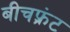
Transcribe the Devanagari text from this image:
बीचफ़्रंट